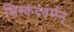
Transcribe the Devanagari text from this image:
श्विस्कंदवर्मन्